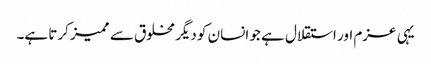
یہی عزم اور استقلال ہے جو انسان کو دیگر مخلوق سے ممیز کرتا ہے۔